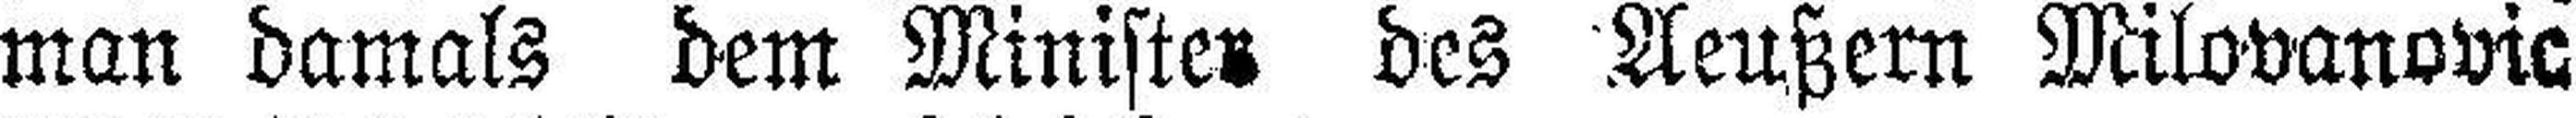
man damals dem Minister des Aeußern Milovanovic